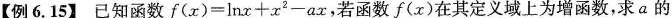
【例6.15】已知函数f(x) = lnx + x2 - ax，若函数 f( x) 在其定义域上为增函数，求a的